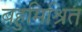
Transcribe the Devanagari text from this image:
बहुमिश्रित